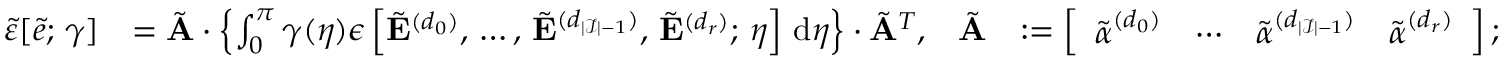
\begin{array} { r l r l } { \tilde { \varepsilon } [ \tilde { e } ; \, \gamma ] } & { = \tilde { \mathbf { A } } \cdot \left\{ \int _ { 0 } ^ { \pi } \gamma ( \eta ) \boldsymbol { \epsilon } \left[ \tilde { \mathbf { E } } ^ { ( d _ { 0 } ) } , \, \ldots , \, \tilde { \mathbf { E } } ^ { ( d _ { | \mathcal { I } | - 1 } ) } , \, \tilde { \mathbf { E } } ^ { ( d _ { r } ) } ; \, \eta \right] \, \mathrm { d } \eta \right\} \cdot \tilde { \mathbf { A } } ^ { T } , } & { \tilde { \mathbf { A } } } & { : = \left[ \begin{array} { l l l l } { \tilde { \boldsymbol { \alpha } } ^ { ( d _ { 0 } ) } } & { \cdots } & { \tilde { \boldsymbol { \alpha } } ^ { ( d _ { | \mathcal { I } | - 1 } ) } } & { \tilde { \boldsymbol { \alpha } } ^ { ( d _ { r } ) } } \end{array} \right] ; } \end{array}